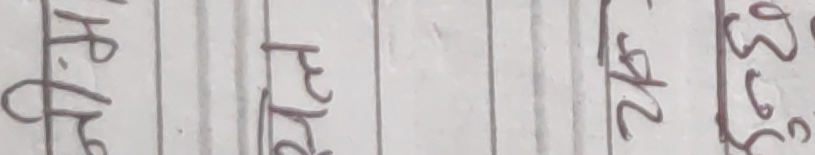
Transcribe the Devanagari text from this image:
मि.लि. प २५ ३६०